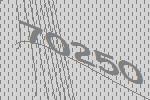
70250